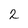
Character: 2